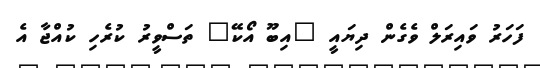
ފަހަރު ވައިރަލް ވެގެން ދިޔައީ "އިބޫ އޯކޭ" ތަސްވީރު ކުރެހި ކުއްޖާ އެ